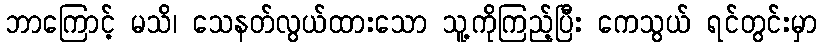
ဘာကြောင့် မသိ၊ သေနတ်လွယ်ထားသော သူ့ကိုကြည့်ပြီး ကေသွယ် ရင်တွင်းမှာ